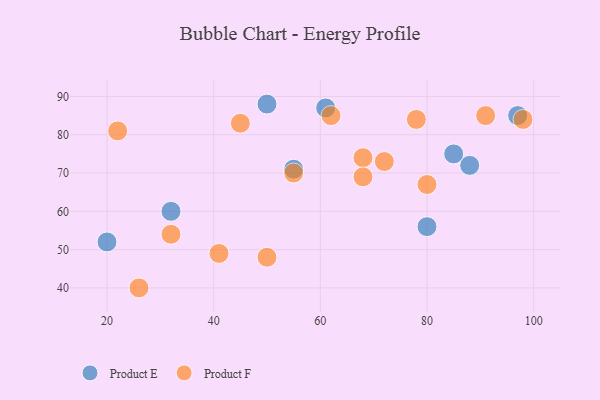
{"axis": {"x": "GDP", "y": "Life Expectancy"}, "legend": ["Product E", "Product F"], "data": [{"x": "97", "y": 85, "type": "Product E"}, {"x": "88", "y": 72, "type": "Product E"}, {"x": "80", "y": 56, "type": "Product E"}, {"x": "85", "y": 75, "type": "Product E"}, {"x": "20", "y": 52, "type": "Product E"}, {"x": "32", "y": 60, "type": "Product E"}, {"x": "55", "y": 71, "type": "Product E"}, {"x": "50", "y": 88, "type": "Product E"}, {"x": "61", "y": 87, "type": "Product E"}, {"x": "32", "y": 54, "type": "Product F"}, {"x": "22", "y": 81, "type": "Product F"}, {"x": "26", "y": 40, "type": "Product F"}, {"x": "55", "y": 70, "type": "Product F"}, {"x": "41", "y": 49, "type": "Product F"}, {"x": "45", "y": 83, "type": "Product F"}, {"x": "62", "y": 85, "type": "Product F"}, {"x": "50", "y": 48, "type": "Product F"}, {"x": "68", "y": 74, "type": "Product F"}, {"x": "80", "y": 67, "type": "Product F"}, {"x": "98", "y": 84, "type": "Product F"}, {"x": "91", "y": 85, "type": "Product F"}, {"x": "68", "y": 69, "type": "Product F"}, {"x": "72", "y": 73, "type": "Product F"}, {"x": "78", "y": 84, "type": "Product F"}]}